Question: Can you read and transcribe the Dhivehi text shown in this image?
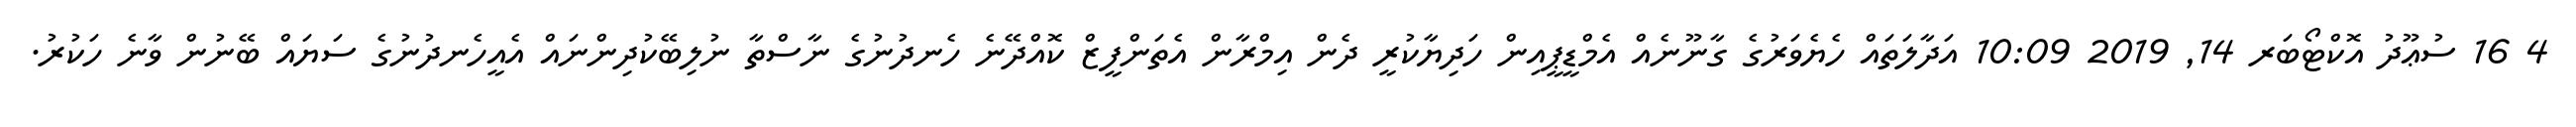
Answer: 4 16 ސުޢޫދު އޮކްޓޯބަރ 14, 2019 10:09 އަދާލަތައް ހެޔެވަރުގެ ގާނޫނެއް އެމްޑީޕީއިން ހަދިޔާކުރީ ދެން އިމްރާން އެތަންފީޒް ކޮއްދޭނެ ހެނދުނުގެ ނާސްތާ ނުލިބޭކުދިންނައް އެއީހެނދުނުގެ ސަޔައް ބޭނުން ވާނެ ހަކުރު.